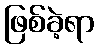
ဖြစ်ခဲ့ရာ